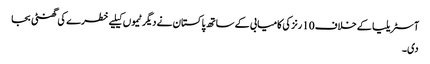
آسٹریلیا کے خلاف 10 رنز کی کامیابی کے ساتھ پاکستان نے دیگر ٹیموں کیلیے خطرے کی گھنٹی بجا
دی۔